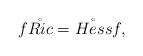
LaTeX: \begin{align*} f\mathring{Ric}=\mathring{Hess} f,\end{align*}